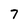
Character: 7